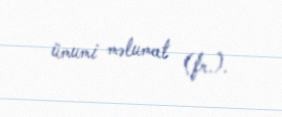
ümumi məlumat (fr.).